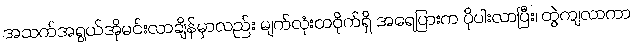
အသက်အရွယ်အိုမင်းလာချိန်မှာလည်း မျက်လုံးတဝိုက်ရှိ အရေပြားက ပိုပါးလာပြီး၊ တွဲကျလာကာ